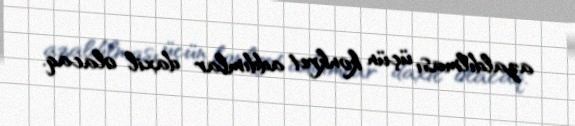
azaldılması üçün konkret addımlar daxil olacaq.